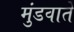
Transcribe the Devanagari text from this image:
मुंडवाते